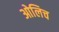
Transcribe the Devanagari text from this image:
ओलिच